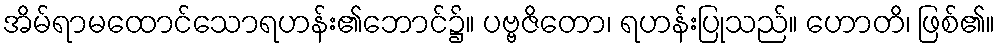
အိမ်ရာမထောင်သောရဟန်း၏ဘောင်၌။ ပဗ္ဗဇိတော၊ ရဟန်းပြုသည်။ ဟောတိ၊ ဖြစ်၏။